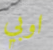
اوبي